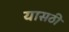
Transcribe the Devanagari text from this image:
यासठी